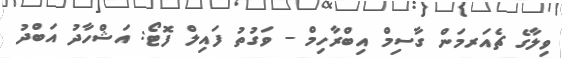
ވިލާގެ ޗެއަރމަން ގާސިމް އިބްރާހިމް - ވަގުތު ފައިލް ފޮޓޯ: އަޝްހާދު އަބްދު